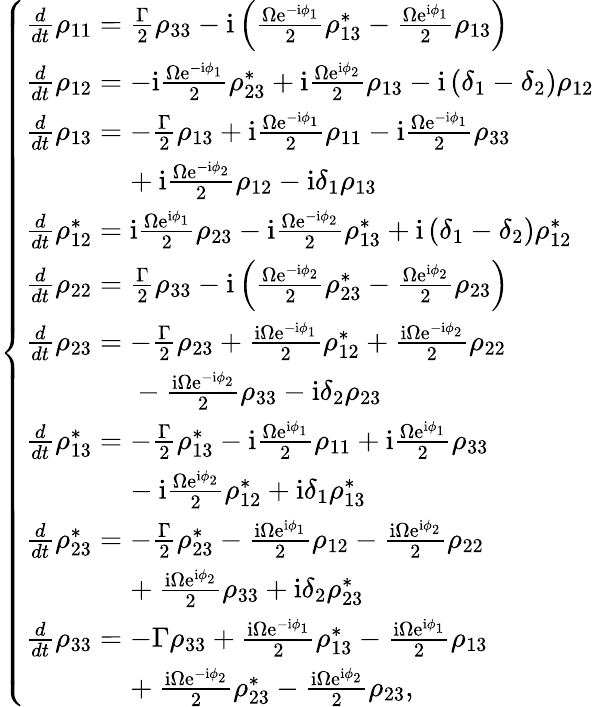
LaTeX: \left\{ \begin{array}{ll}{\frac{d}{dt}\rho_{11}=\frac{\Gamma}{2}\rho_{33}-\mathrm{i}\left(\frac{\Omega\mathrm{e}^{-\mathrm{i}\phi_{1}}}{2}\rho_{13}^{*}-\frac{\Omega\mathrm{e}^{\mathrm{i}\phi_{1}}}{2}\rho_{13}\right)}\\ {\frac{d}{dt}\rho_{12}=-\mathrm{i}\frac{\Omega\mathrm{e}^{-\mathrm{i}\phi_{1}}}{2}\rho_{23}^{*}+\mathrm{i}\frac{\Omega\mathrm{e}^{\mathrm{i}\phi_{2}}}{2}\rho_{13}-\mathrm{i}\left(\delta_{1}-\delta_{2}\right)\rho_{12}}\\ {\frac{d}{dt}\rho_{13}=-\frac{\Gamma}{2}\rho_{13}+\mathrm{i}\frac{\Omega\mathrm{e}^{-\mathrm{i}\phi_{1}}}{2}\rho_{11}-\mathrm{i}\frac{\Omega\mathrm{e}^{-\mathrm{i}\phi_{1}}}{2}\rho_{33}}\\ {~~~~~~~~~~~~~~+\mathrm{i}\frac{\Omega\mathrm{e}^{-\mathrm{i}\phi_{2}}}{2}\rho_{12}-\mathrm{i}\delta_{1}\rho_{13}}\\ {\frac{d}{dt}\rho_{12}^{*}=\mathrm{i}\frac{\Omega\mathrm{e}^{\mathrm{i}\phi_{1}}}{2}\rho_{23}-\mathrm{i}\frac{\Omega\mathrm{e}^{-\mathrm{i}\phi_{2}}}{2}\rho_{13}^{*}+\mathrm{i}\left(\delta_{1}-\delta_{2}\right)\rho_{12}^{*}}\\ {\frac{d}{dt}\rho_{22}=\frac{\Gamma}{2}\rho_{33}-\mathrm{i}\left(\frac{\Omega\mathrm{e}^{-\mathrm{i}\phi_{2}}}{2}\rho_{23}^{*}-\frac{\Omega\mathrm{e}^{\mathrm{i}\phi_{2}}}{2}\rho_{23}\right)}\\ {\frac{d}{dt}\rho_{23}=-\frac{\Gamma}{2}\rho_{23}+\frac{\mathrm{i}\Omega\mathrm{e}^{-\mathrm{i}\phi_{1}}}{2}\rho_{12}^{*}+\frac{\mathrm{i}\Omega\mathrm{e}^{-\mathrm{i}\phi_{2}}}{2}\rho_{22}}\\ {~~~~~~~~~~~~~~~-\frac{\mathrm{i}\Omega\mathrm{e}^{-\mathrm{i}\phi_{2}}}{2}\rho_{33}-\mathrm{i}\delta_{2}\rho_{23}}\\ {\frac{d}{dt}\rho_{13}^{*}=-\frac{\Gamma}{2}\rho_{13}^{*}-\mathrm{i}\frac{\Omega\mathrm{e}^{\mathrm{i}\phi_{1}}}{2}\rho_{11}+\mathrm{i}\frac{\Omega\mathrm{e}^{\mathrm{i}\phi_{1}}}{2}\rho_{33}}\\ {~~~~~~~~~~~~~~-\mathrm{i}\frac{\Omega\mathrm{e}^{\mathrm{i}\phi_{2}}}{2}\rho_{12}^{*}+\mathrm{i}\delta_{1}\rho_{13}^{*}}\\ {\frac{d}{dt}\rho_{23}^{*}=-\frac{\Gamma}{2}\rho_{23}^{*}-\frac{\mathrm{i}\Omega\mathrm{e}^{\mathrm{i}\phi_{1}}}{2}\rho_{12}-\frac{\mathrm{i}\Omega\mathrm{e}^{\mathrm{i}\phi_{2}}}{2}\rho_{22}}\\ {~~~~~~~~~~~~~~+\frac{\mathrm{i}\Omega\mathrm{e}^{\mathrm{i}\phi_{2}}}{2}\rho_{33}+\mathrm{i}\delta_{2}\rho_{23}^{*}}\\ {\frac{d}{dt}\rho_{33}=-\Gamma\rho_{33}+\frac{\mathrm{i}\Omega\mathrm{e}^{-\mathrm{i}\phi_{1}}}{2}\rho_{13}^{*}-\frac{\mathrm{i}\Omega\mathrm{e}^{\mathrm{i}\phi_{1}}}{2}\rho_{13}}\\ {~~~~~~~~~~~~~~+\frac{\mathrm{i}\Omega\mathrm{e}^{-\mathrm{i}\phi_{2}}}{2}\rho_{23}^{*}-\frac{\mathrm{i}\Omega\mathrm{e}^{\mathrm{i}\phi_{2}}}{2}\rho_{23},}\end{array}\right.